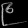
Digit: ၉